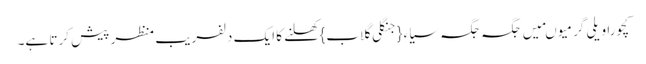
کچورا ویلی گرمیو ںمیں جگہ جگہ سیاء{جنگلی گلاب} کھلنے کا ایک دلفریب منظر پیش کرتا ہے۔